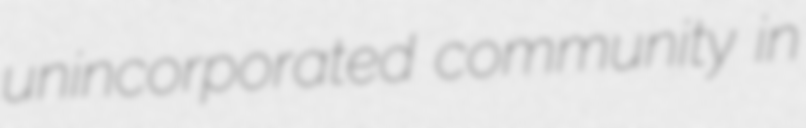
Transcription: unincorporated community in